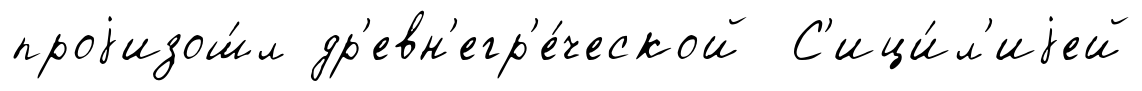
проjизош́л др'евн'егр'е́ческой С'ици́л'иjей